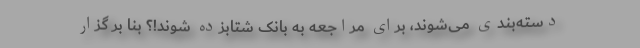
دسته‌بندی می‌شوند، برای مراجعه به بانک شتابزده شوند!؟ بنا بر گزار